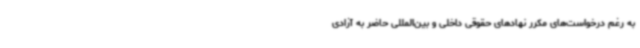
به رغم درخواست‌های مکرر نهادهای حقوقی داخلی و بین‌المللی حاضر به آزادی